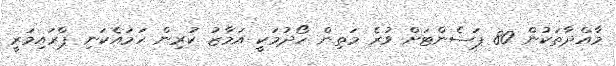
މާއްދާތަކުން 80 ޕަސެންޓަށް ވުރެ މަތިން ހޯދުމަކީ އަމާޒު ކުރިން ހަމައެކަނި ޕްރައިމަރީ